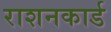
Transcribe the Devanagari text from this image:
राशनकार्ड